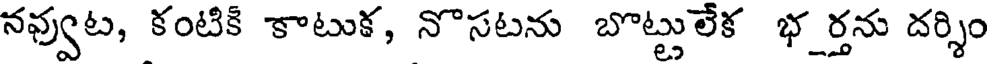
నవ్వుట, కంటికి కాటుక, నొసటను బొట్టులేక భర్తను దర్శిం